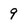
Character: 9